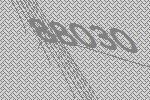
88030